Civil Veterinary Dept. North-West Frontier Province 1933-46 - 1933-1946
Year: 1933
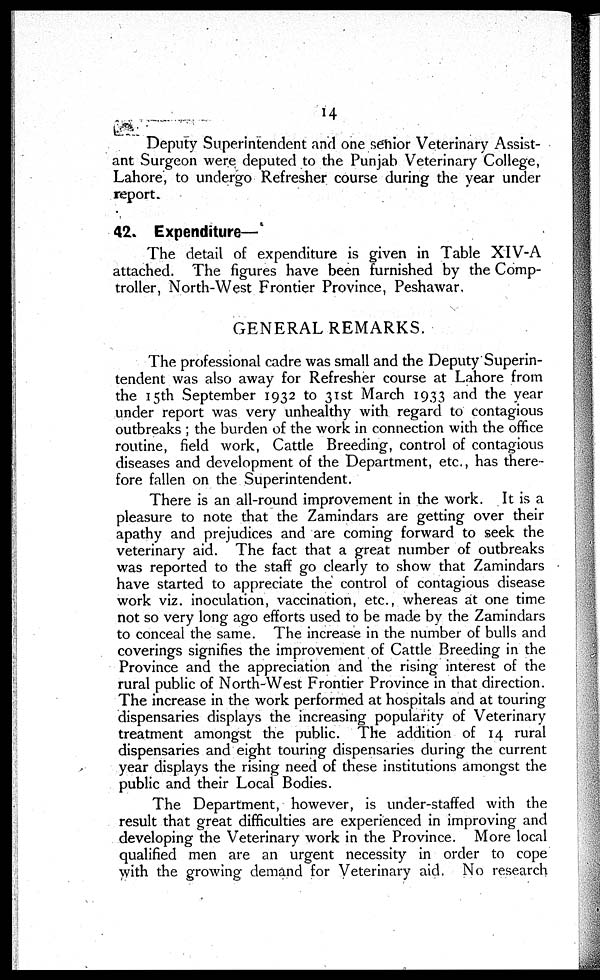
14
Deputy Superintendent and one senior Veterinary Assist-
ant Surgeon were deputed to the Punjab Veterinary College,
Lahore, to undergo Refresher course during the year under
report.
42. Expenditure—
The detail of expenditure is given in Table XIV-A
attached. The figures have been furnished by the Comp-
troller, North-West Frontier Province, Peshawar.
GENERAL REMARKS.
The professional cadre was small and the Deputy Superin-
tendent was also away for Refresher course at Lahore from
the 15th September 1932 to 31st March 1933 and the year
under report was very unhealthy with regard to contagious
outbreaks; the burden of the work in connection with the office
routine, field work, Cattle Breeding, control of contagious
diseases and development of the Department, etc., has there-
fore fallen on the Superintendent.
There is an all-round improvement in the work. It is a
pleasure to note that the Zamindars are getting over their
apathy and prejudices and are coming forward to seek the
veterinary aid. The fact that a great number of outbreaks
was reported to the staff go clearly to show that Zamindars
have started to appreciate the control of contagious disease
work viz. inoculation, vaccination, etc., whereas at one time
not so very long ago efforts used to be made by the Zamindars
to conceal the same. The increase in the number of bulls and
coverings signifies the improvement of Cattle Breeding in the
Province and the appreciation and the rising interest of the
rural public of North-West Frontier Province in that direction.
The increase in the work performed at hospitals and at touring
dispensaries displays the increasing popularity of Veterinary
treatment amongst the public. The addition of 14 rural
dispensaries and eight touring dispensaries during the current
year displays the rising need of these institutions amongst the
public and their Local Bodies.
The Department, however, is under-staffed with the
result that great difficulties are experienced in improving and
developing the Veterinary work in the Province. More local
qualified men are an urgent necessity in order to cope
with the growing demand for Veterinary aid. No research